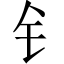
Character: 钅